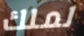
لملك